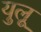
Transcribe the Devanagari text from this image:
युलू